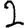
Digit: 2